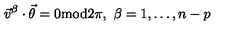
\vec { v } ^ { \beta } \cdot \vec { \theta } = 0 \mathrm { m o d } 2 \pi , \ \beta = 1 , \ldots , n - p